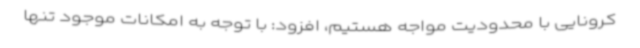
کرونایی با محدودیت مواجه هستیم، افزود: با توجه به امکانات موجود تنها